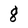
Character: 8